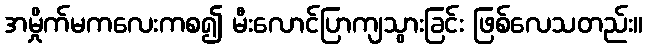
အမှိုက်မကလေးကစ၍ မီးလောင်ပြာကျသွားခြင်း ဖြစ်လေသတည်း။